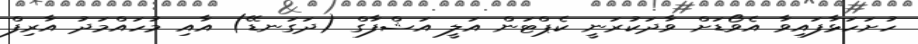
ހުށަހަޅާފައިވާ އެވޯޑަށް ވާދަކުރަނީ ކެޕްޓަން އަލީ އަޝްފާގް (ދަގަނޑޭ) އާއި މުހައްމަދު އާރިފް